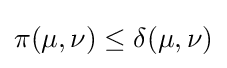
\pi (\mu ,\nu )\leq \delta (\mu ,\nu )